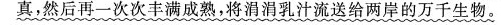
真，然后再一次次丰满成熟，将涓涓乳汁流送给两岸的万千生物。